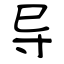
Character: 导